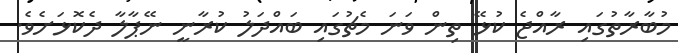
މުބާރާތުގައި ރާއްޖެ ކުޅޭ ތިން ވަނަ މެޗުގައި ބައްދަލު ކުރާނީ ނޭޕާލާ ދެކޮޅަށެވެ.